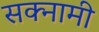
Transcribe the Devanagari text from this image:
सक्नामी